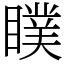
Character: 瞨